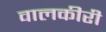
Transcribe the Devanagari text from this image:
वालकीरी